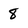
Character: 8